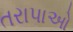
તરાપાઓ